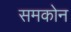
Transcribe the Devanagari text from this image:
समकोन